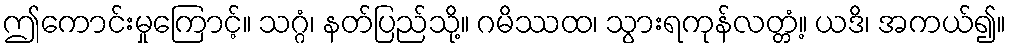
ဤကောင်းမှုကြောင့်။ သဂ္ဂံ၊ နတ်ပြည်သို့။ ဂမိဿထ၊ သွားရကုန်လတ္တံ့။ ယဒိ၊ အကယ်၍။